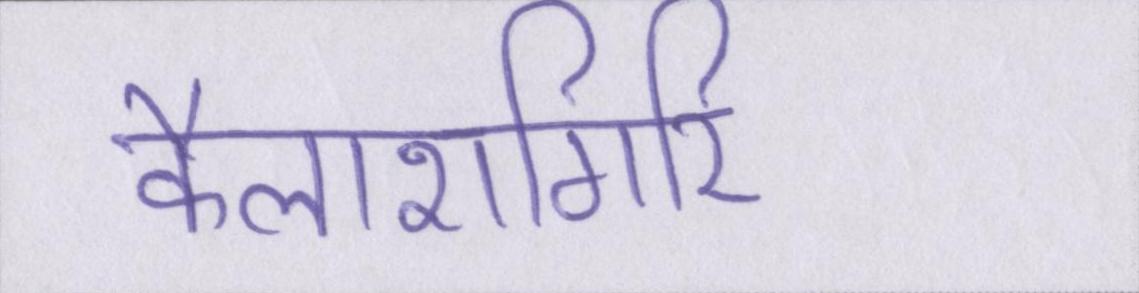
कैलाशगिरि